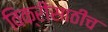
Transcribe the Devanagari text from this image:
विक्रीसाठीच